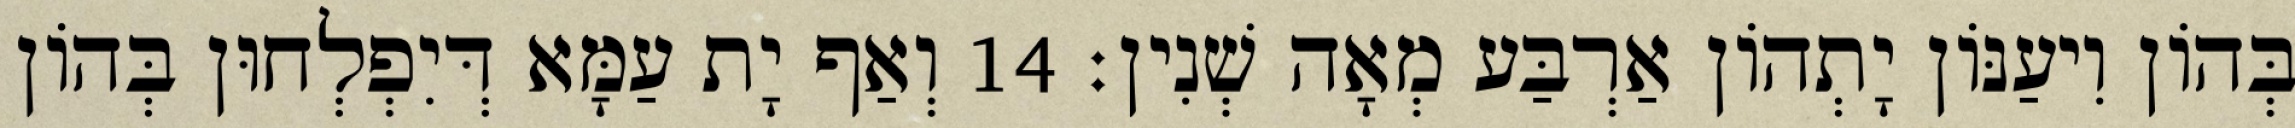
בְּהוֹן וִיעַנּוֹן יָתְהוֹן אַרְבַּע מְאָה שְׁנִין׃ 14 וְאַף יָת עַמָּא דְּיִפְלְחוּן בְּהוֹן